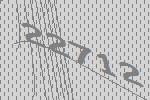
22712